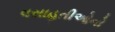
વસાહતીઓનો